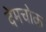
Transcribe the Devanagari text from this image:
देमचोक